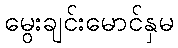
မွေးချင်းမောင်နှမ